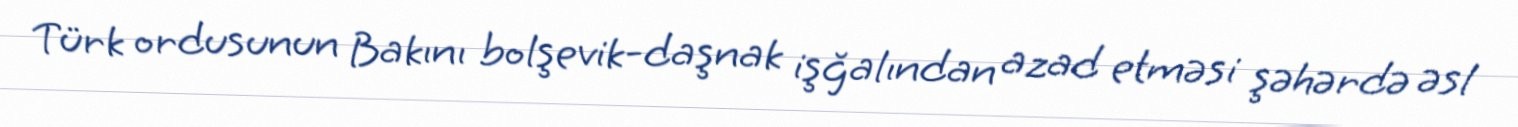
Türk ordusunun Bakını bolşevik-daşnak işğalından azad etməsi şəhərdə əsl